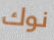
نوك